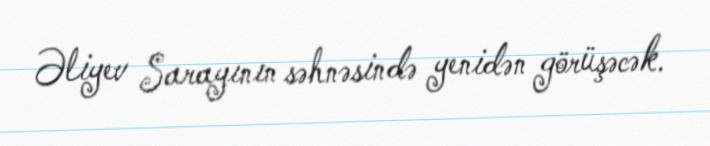
Əliyev Sarayının səhnəsində yenidən görüşəcək.